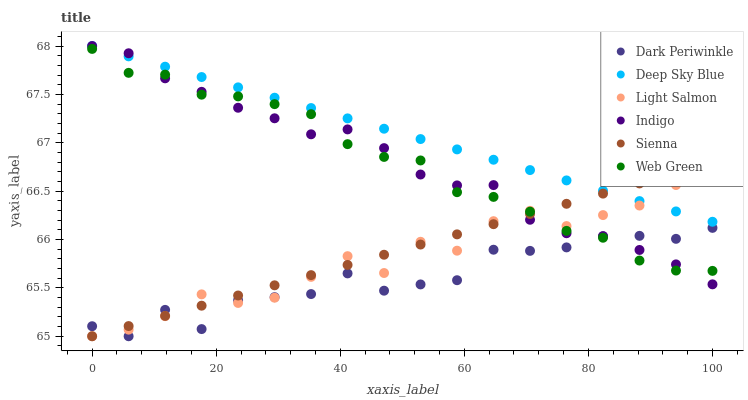
| xaxis_label | Dark Periwinkle | Deep Sky Blue | Light Salmon | Indigo | Sienna | Web Green |
 | --- | --- | --- | --- | --- | --- | --- |
 | 0 | 65.1 | 68 | 65 | 68 | 65 | 68 |
 | 5.88 | 65 | 67.9 | 65.1 | 67.9 | 65.1 | 67.7 |
 | 11.8 | 65.3 | 67.8 | 65.2 | 67.7 | 65.2 | 67.7 |
 | 17.6 | 65.1 | 67.7 | 65.4 | 67.5 | 65.3 | 67.5 |
 | 23.5 | 65.4 | 67.6 | 65.3 | 67.4 | 65.4 | 67.5 |
 | 29.4 | 65.4 | 67.5 | 65.4 | 67.3 | 65.5 | 67.4 |
 | 35.3 | 65.4 | 67.4 | 65.6 | 67.1 | 65.6 | 67.3 |
 | 41.2 | 65.6 | 67.3 | 65.8 | 67.1 | 65.7 | 67 |
 | 47.1 | 65.5 | 67.1 | 65.7 | 66.9 | 65.8 | 66.9 |
 | 52.9 | 65.5 | 67 | 66 | 66.7 | 65.9 | 66.8 |
 | 58.8 | 65.6 | 66.9 | 65.9 | 66.6 | 66.1 | 66.5 |
 | 64.7 | 65.9 | 66.8 | 66.2 | 66.6 | 66.2 | 66.4 |
 | 70.6 | 65.9 | 66.7 | 66.3 | 66.2 | 66.3 | 66.3 |
 | 76.5 | 65.9 | 66.6 | 66.1 | 66.1 | 66.4 | 66.1 |
 | 82.4 | 66 | 66.5 | 66.3 | 66 | 66.5 | 66 |
 | 88.2 | 66 | 66.4 | 66.4 | 65.9 | 66.6 | 65.8 |
 | 94.1 | 66 | 66.3 | 66.6 | 65.7 | 66.7 | 65.7 |
 | 100 | 66.1 | 66.2 | 66.8 | 65.5 | 66.8 | 65.7 |